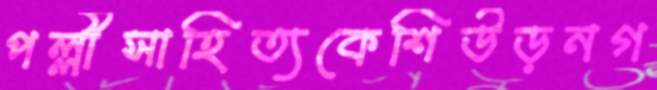
পল্লীসাহিত্যকেশিউড়নগ